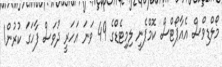
މޯލްޑިވްސް އެއާޕޯޓްސް ކޮމްޕެނީ ލިމިޓެޑްގެ 49 ވަނަ އަހަރީ ދުވަސް ފާހަގަ ކުރުން1